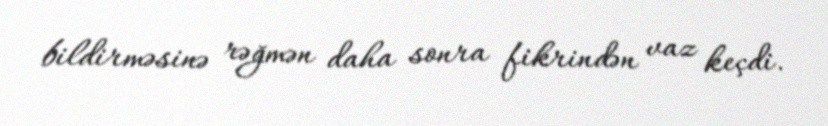
bildirməsinə rəğmən daha sonra fikrindən vaz keçdi.